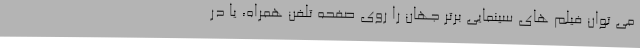
می توان فیلم های سینمایی برتر جهان را روی صفحه تلفن همراه، یا در